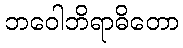
ဘဝေါဘိရာဓိတော